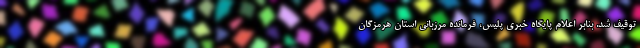
توقیف شد. بنابر اعلام پایگاه خبری پلیس، فرمانده مرزبانی استان هرمزگان